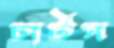
চার্টস